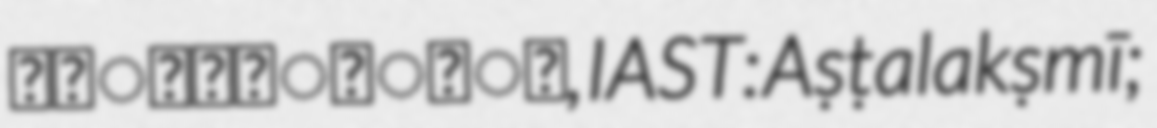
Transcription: अष्टलक्ष्मी, IAST: Aṣṭalakṣmī;